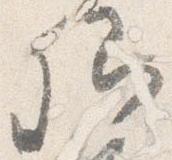
卿